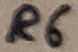
Text: R6